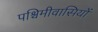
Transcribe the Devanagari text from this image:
पश्चिमीवासियों